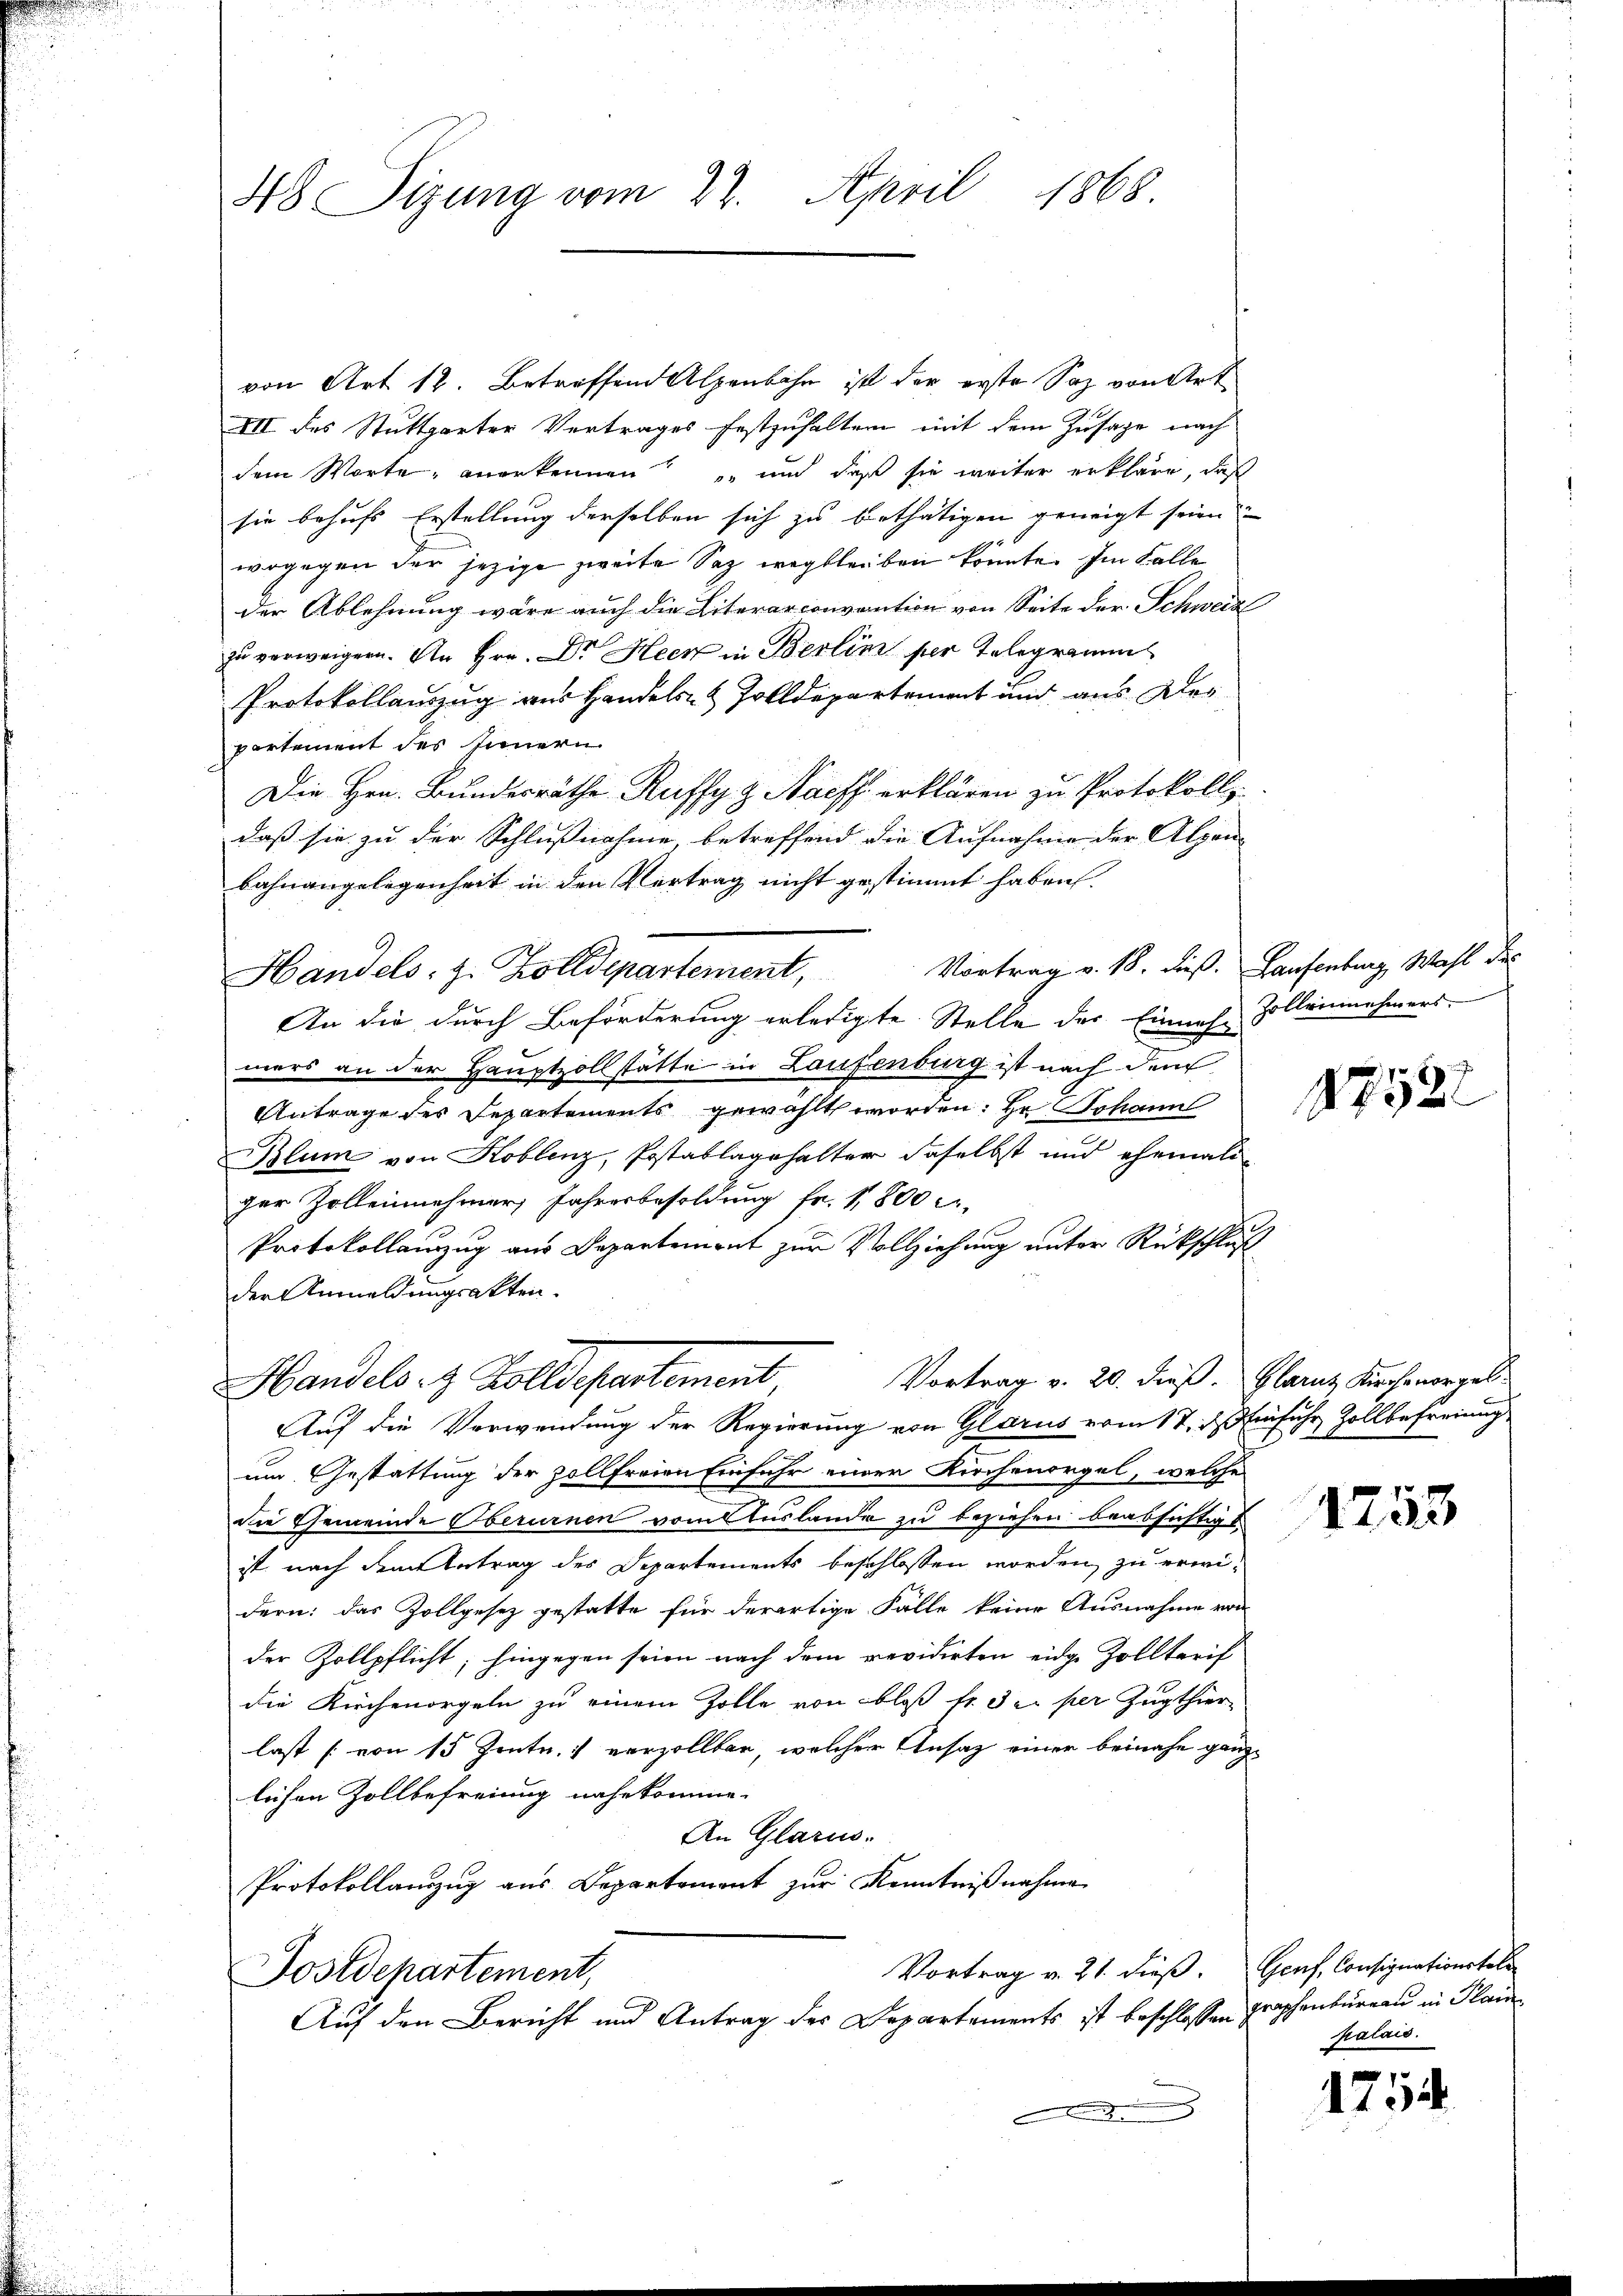
48 Sizung vom 27. April 1868.

von Art 12. Betreffend Alpenbahn ist der erste Saz von Art.
III des Stuttgarter Vertrages festzuhalten mit dem Zusage nach
dem Worte, anerkennen und daß sie weiter erkläre, daß
sie behufs Erstellung derselben sich zu bethätigen geneigt seien.
wogegen der jezige zweite Saz wegbleiben könnte. Im Falle
der Ablehnung wäre auch die Literarconvention von Seite der Schweize
zu verweigern. An Hrn. Dr Heer in Berlin ser Telegramm
Protokollauszug aus Handels- & Zolldepartement und aus der
partement des Innern
Die Hrn. Bundesräthe Ruffy & Nacht erklären zu Protokoll
daß sie zu der Schlußnahme, betreffend die Aufnahme der Alpen- |
bahnangelegenheit in den Vertrag nicht gestimmt haben.
Vortrag v. 18. dieß. Laufenburg, Wahl des
Handels. z. Zolldepartement,
An die durch Beförderung erledigte Stelle der Einnah Zolleinehmers
mers an der Hauptzollstätte in Laufenburg ist nach dem
Antrage des Departements gewählt worden: Hr. Schann
Blum von Koblenz, Postablagehalter daselbst und ehemaliger Zolleinehmer, Jahresbesoldung fr. 1800
Protokollauzug aus Departement zur Vollziehung unter Rückschluß
der Anmeldungsakten.
Vortrag v. 20. dieß. Glarus Kirchenorgel
Handels et Volldepartement
Auf die Verwendung der Regierung von Glarus vom 17. ds. Einfuhr Zollbefreiung
um Gestattung der Zollfreien Einfuhr einer Kirchenorgel, welche
die Gemeinde Oberurnen vom Auslande zu beziehen beabsichtigt
ist nach dem Betrag des Departements beschlossen worden, zu erwidern: das Zollgesez gestatte für derartige Falle keine Ausnahme von
der Zollpflicht; hingegen seien nach dem revidirten eidge Zolltarif
die Kirchenorgeln zu einem Zolle von bloß tr. di per Zugthier
last [von 15 Zentn. verzollbar, welcher Ansatz einer beinahe ganz
lichen Zollbefreiung nahe komme.
An Glarus.
Protokollanzug aus Departement zur Kenntnißnahme
Vortrag v. 21. dieß.
Postdepartement,
Auf den Bericht und Antrag des Departements ist beschlossen,

17522

1253

Genf, Consignationstoli
graphenbureau in Plain
palais.

g
12.